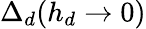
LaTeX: \Delta_{d}(h_{d}\rightarrow 0)